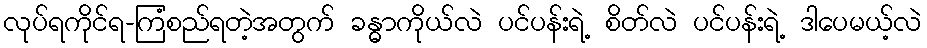
လုပ်ရကိုင်ရ-ကြံစည်ရတဲ့အတွက် ခန္ဓာကိုယ်လဲ ပင်ပန်းရဲ့ စိတ်လဲ ပင်ပန်းရဲ့ ဒါပေမယ့်လဲ